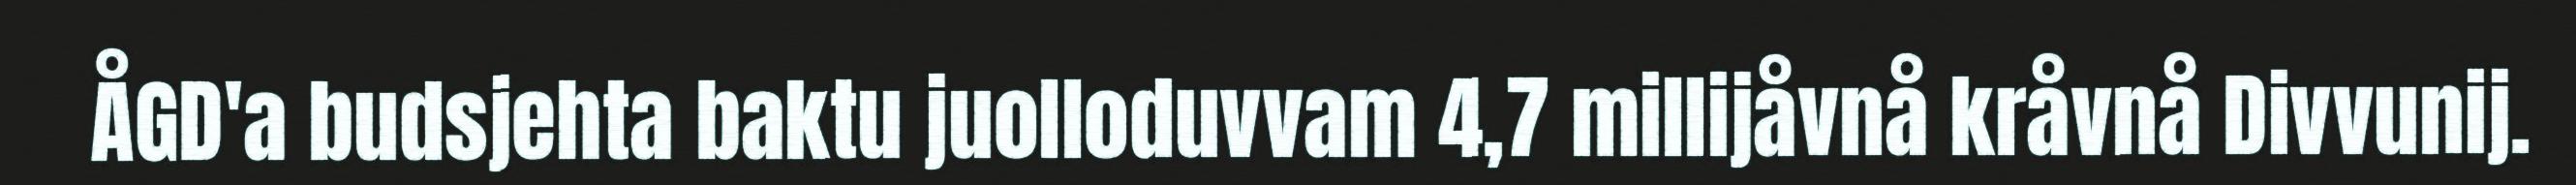
ÅGD'a budsjehta baktu juolloduvvam 4,7 millijåvnå kråvnå Divvunij.